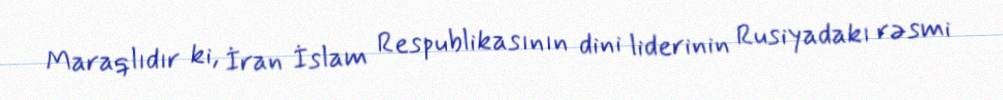
Maraqlıdır ki, İran İslam Respublikasının dini liderinin Rusiyadakı rəsmi